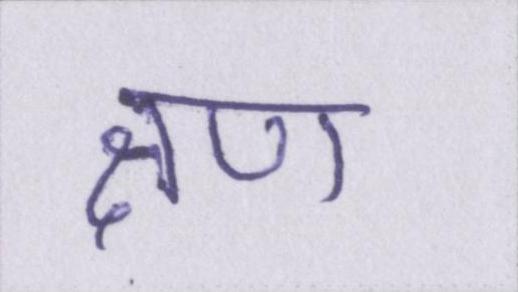
क्षण